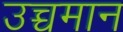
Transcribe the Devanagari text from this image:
उच्चमान